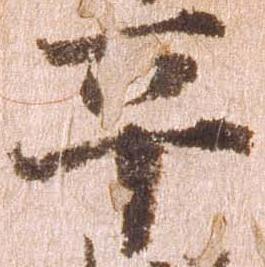
平